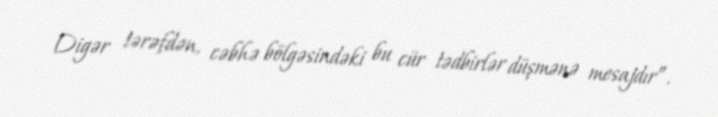
Digər tərəfdən, cəbhə bölgəsindəki bu cür tədbirlər düşmənə mesajdır”.